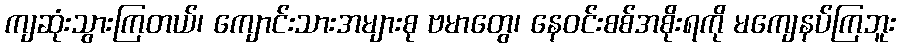
ကျဆုံးသွားကြတယ်၊ ကျောင်းသားအများစု ဗမာတွေ၊ နေဝင်းစစ်အစိုးရကို မကျေနပ်ကြဘူး